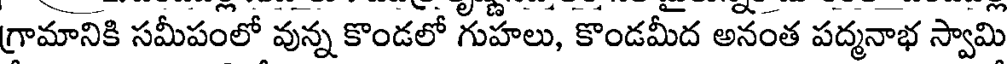
గ్రామానికి సమీపంలో వున్న కొండలో గుహలు, కొండమీద అనంత పద్మనాభ స్వామి